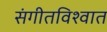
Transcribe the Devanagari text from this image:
संगीतविश्वात